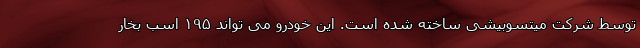
توسط شرکت میتسوبیشی ساخته شده است. این خودرو می تواند ۱۹۵ اسب بخار